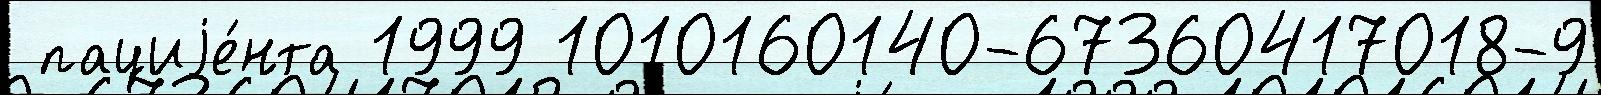
 пациjе́нта 1999 1010160140-67360417018-9